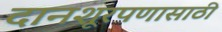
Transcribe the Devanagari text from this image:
दानशूरपणासाठी